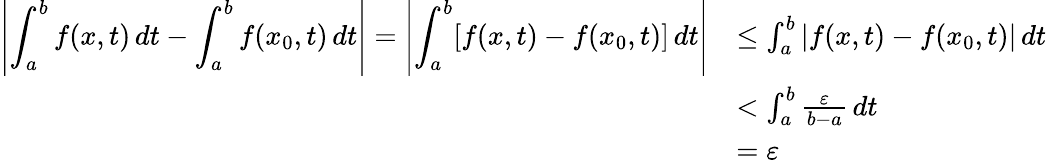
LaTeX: \begin{array}{rl}{\displaystyle\left\lvert\int_{a}^{b}f(x,t)\, dt-\int_{a}^{b}f(x_{0},t)\, dt\right\rvert=\displaystyle\left\lvert\int_{a}^{b}[f(x,t)-f(x_{0},t)]\, dt\right\rvert}&{\leq\int_{a}^{b}\displaystyle\left\lvert f(x,t)-f(x_{0},t)\right\rvert\, dt}\\ &{<\int_{a}^{b}\frac{\varepsilon}{b-a}\, dt}\\ &{=\varepsilon}\end{array}